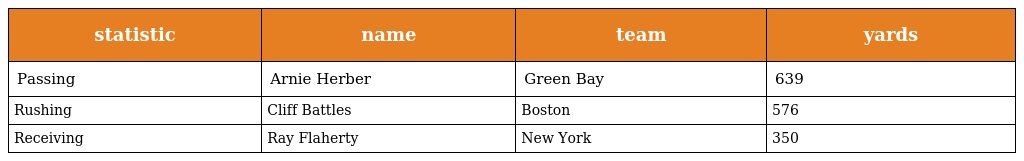
| statistic | name | team | yards |
 | --- | --- | --- | --- |
 | Passing | Arnie Herber | Green Bay | 639 |
 | Rushing | Cliff Battles | Boston | 576 |
 | Receiving | Ray Flaherty | New York | 350 |